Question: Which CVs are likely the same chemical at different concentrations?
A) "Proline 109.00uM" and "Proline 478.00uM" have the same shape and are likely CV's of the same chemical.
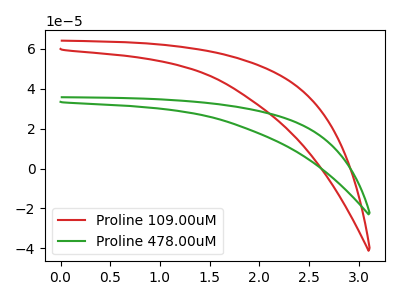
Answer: <think>The red curve "Proline 109.00uM" has no peaks. The green curve "Proline 478.00uM" has no peaks.
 Neither "Proline 109.00uM" or "Proline 478.00uM" have any peaks.</think>
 <answer>A) "Proline 109.00uM" and "Proline 478.00uM" have the same shape and are likely CV's of the same chemical.</answer>
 <eval>A</eval>